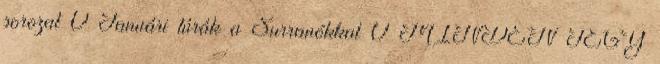
sorozat 0 Januári túrák a Surranókkal 0 MINDEN JEGY